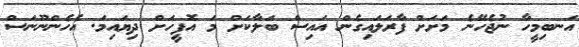
އަނބިމީހާ ނުޖެހޭނެ މަށަށް ފާރަލައިގެން އައިސް ބަލާކަށް މަ އޮފީހަށް ދިޔައިމަ. އެހެންނޫނަސް